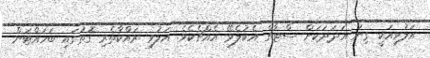
އަލުވިއަކީ ގިނަ އަދަދަކަށް ސްޓާޗް އެކުލެވޭ އެއްޗެކެވެ. އަލުވި ރައްކާތެރި ގޮތުގައި ބަހައްޓަން